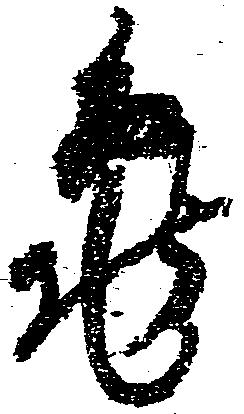
亀